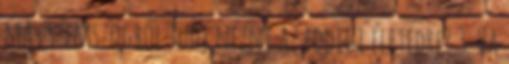
más szemszögből tudj nézni az eddigi életedre? 3. Ha